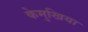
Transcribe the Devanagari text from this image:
केमुखिया